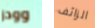
وودز الزائف